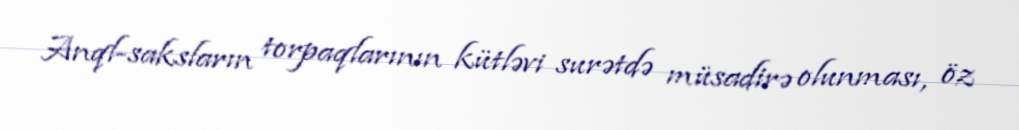
Anql-saksların torpaqlarının kütləvi surətdə müsadirə olunması, öz